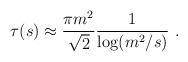
\begin{align*}\tau(s) \approx \frac{\pi m^2}{\sqrt{2}} \frac{1}{\log (m^2/s)} \ .\end{align*}